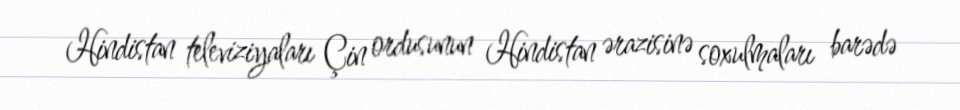
Hindistan televiziyaları Çin ordusunun Hindistan ərazisinə soxulmaları barədə